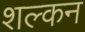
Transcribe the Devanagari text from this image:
शल्‍कन